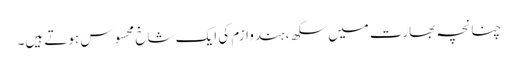
چنانچہ بھارت میں سکھ، ہندوازم کی ایک شاخ محسوس ہوتے ہیں۔